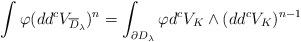
LaTeX: \begin{align*} \int\varphi (dd^cV_{{\overline D_{\lambda}}})^n = \int_{\partial D_{\lambda}}\varphi d^cV_K\wedge(dd^cV_K)^{n-1}\end{align*}